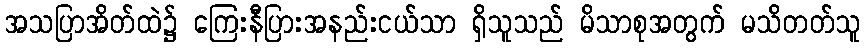
အသပြာအိတ်ထဲ၌ ကြေးနီပြားအနည်းငယ်သာ ရှိသူသည် မိသာစုအတွက် မသိတတ်သူ